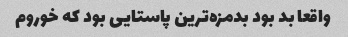
واقعا بد بود بدمزه‌ترین پاستایی بود که خوروم